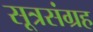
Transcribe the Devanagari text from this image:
सूत्रसंग्रह